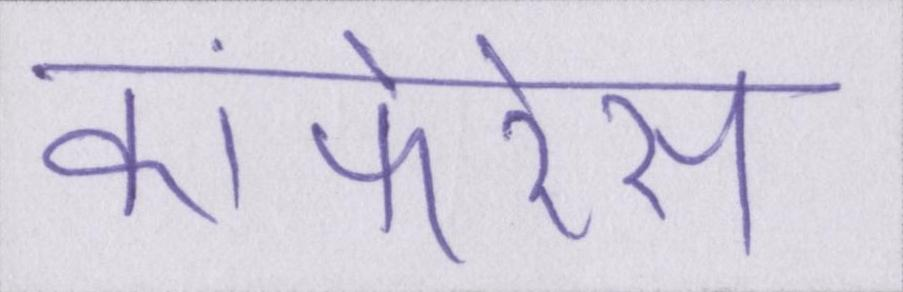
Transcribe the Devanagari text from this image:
कांफेरेंस